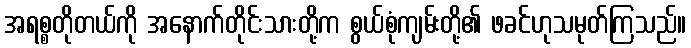
အရစ္စတိုတယ်ကို အနောက်တိုင်းသားတို့က စွယ်စုံကျမ်းတို့၏ ဖခင်ဟုသမုတ်ကြသည်။